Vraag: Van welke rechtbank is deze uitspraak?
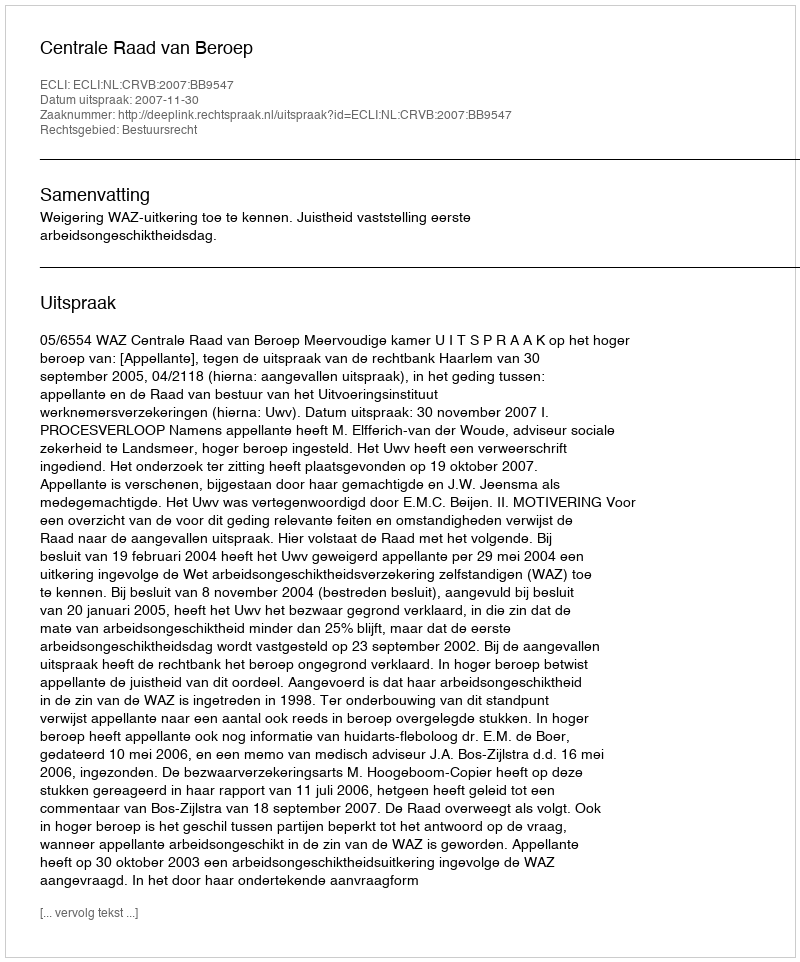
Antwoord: Centrale Raad van Beroep